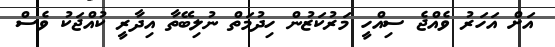
އަށް އަހަރު ވެއްޖެ ސިއްހީ މަރުކަޒުން ހިދުމަތް ނުލިބޭތާ އިދާރީ ކުއްޖަކު ވެސް